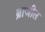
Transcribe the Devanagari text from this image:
ब्राजील